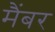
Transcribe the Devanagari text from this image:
मैंबर